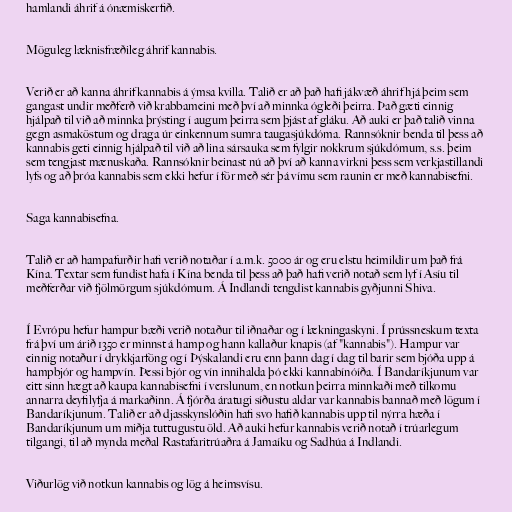
hamlandi áhrif á ónæmiskerfið.

Möguleg læknisfræðileg áhrif kannabis.

Verið er að kanna áhrif kannabis á ýmsa kvilla. Talið er að það hafi jákvæð áhrif hjá þeim sem
gangast undir meðferð við krabbameini með því að minnka ógleði þeirra. Það gæti einnig
hjálpað til við að minnka þrýsting í augum þeirra sem þjást af gláku. Að auki er það talið vinna
gegn asmaköstum og draga úr einkennum sumra taugasjúkdóma. Rannsóknir benda til þess að
kannabis geti einnig hjálpað til við að lina sársauka sem fylgir nokkrum sjúkdómum, s.s. þeim
sem tengjast mænuskaða. Rannsóknir beinast nú að því að kanna virkni þess sem verkjastillandi
lyfs og að þróa kannabis sem ekki hefur í för með sér þá vímu sem raunin er með kannabisefni.

Saga kannabisefna.

Talið er að hampafurðir hafi verið notaðar í a.m.k. 5000 ár og eru elstu heimildir um það frá
Kína. Textar sem fundist hafa í Kína benda til þess að það hafi verið notað sem lyf í Asíu til
meðferðar við fjölmörgum sjúkdómum. Á Indlandi tengdist kannabis gyðjunni Shiva.

Í Evrópu hefur hampur bæði verið notaður til iðnaðar og í lækningaskyni. Í prússneskum texta
frá því um árið 1350 er minnst á hamp og hann kallaður knapis (af "kannabis"). Hampur var
einnig notaður í drykkjarföng og í Þýskalandi eru enn þann dag í dag til barir sem bjóða upp á
hampbjór og hampvín. Þessi bjór og vín innihalda þó ekki kannabínóíða. Í Bandaríkjunum var
eitt sinn hægt að kaupa kannabisefni í verslunum, en notkun þeirra minnkaði með tilkomu
annarra deyfilyfja á markaðinn. Á fjórða áratugi síðustu aldar var kannabis bannað með lögum í
Bandaríkjunum. Talið er að djasskynslóðin hafi svo hafið kannabis upp til nýrra hæða í
Bandaríkjunum um miðja tuttugustu öld. Að auki hefur kannabis verið notað í trúarlegum
tilgangi, til að mynda meðal Rastafaritrúaðra á Jamaíku og Sadhúa á Indlandi.

Viðurlög við notkun kannabis og lög á heimsvísu.